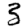
Digit: 3